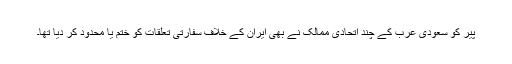
پیر کو سعودی عرب کے چند اتحادی ممالک نے بھی ایران کے خلاف سفارتی تعلقات کو ختم یا محدود کر دیا تھا۔